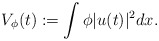
\begin{align*}V_\phi(t):= \int \phi |u(t)|^2 dx.\end{align*}